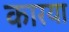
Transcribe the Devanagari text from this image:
कारया